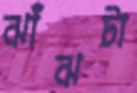
ঝাঁঝটা